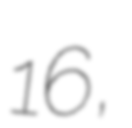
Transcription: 16,